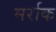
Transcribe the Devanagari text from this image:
मर्राक